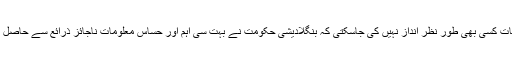
یہ بات کسی بھی طور نظر انداز نہیں کی جاسکتی کہ بنگلادیشی حکومت نے بہت سی اہم اور حساس معلومات ناجائز ذرائع سے حاصل کی۔